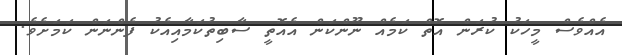
އެއްވެސް މީހަކު ކުރަން އޮތް ކަމެއް ނޫންކަން އެއޮތީ ސާބިތުކަމާއިއެކު ފެންނަން ކަމަށެވެ.